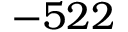
- 5 2 2